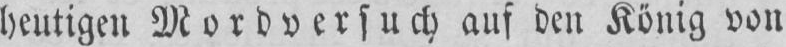
heutigen Mordversuch auf den König von